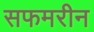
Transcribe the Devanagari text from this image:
सफमरीन